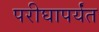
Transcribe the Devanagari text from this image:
परीघापर्यंत